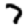
Digit: 7